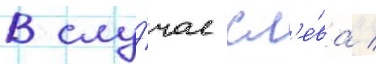
В слу́чае сл'е́ва /